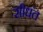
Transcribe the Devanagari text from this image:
सीधंत